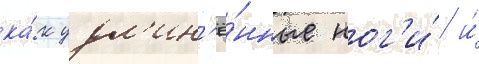
ка́к удл'ин'ё́нные ног'и́ и́